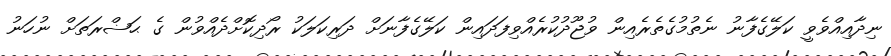
ނިދާއިއްވެވީ ކަލޭގެފާނު ނެތުމުގެތެރެއިން ވުޖޫދުކުރެއްވިފަދައިން ކަލޭގެފާނަށް ދަރިކަލަކު ރޯދިކޮށްދެއްވުން ގެ ޙަޟްރަތަށް ނުހަނު